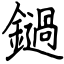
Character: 鐹